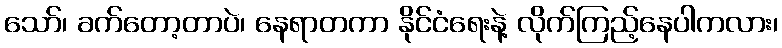
သော်၊ ခက်တော့တာပဲ၊ နေရာတကာ နိုင်ငံရေးနဲ့ လိုက်ကြည့်နေပါကလား၊